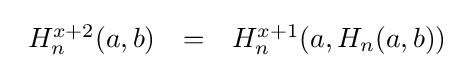
{\begin{array}{lcl}H_{n}^{x+2}(a,b)&=&H_{n}^{x+1}(a,H_{n}(a,b))\end{array}}